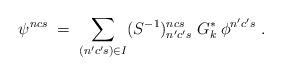
LaTeX: \begin{align*}\psi^{ncs} \;=\; \sum_{(n'c's) \in I} (S^{-1})^{ncs}_{n'c's}\; G_k^*\:\phi^{n'c's}\;. \end{align*}